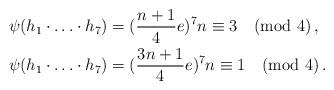
LaTeX: \begin{align*}\psi(h_1\cdot\ldots\cdot h_7)&=(\frac{n+1}{4}e)^7 n\equiv 3 \pmod 4\,,\\\psi(h_1\cdot\ldots\cdot h_7)&=(\frac{3n+1}{4}e)^7 n\equiv 1 \pmod 4\,.\\\end{align*}